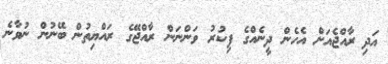
އަދި ރާއްޖެއަށް އެހެން ދީނެއްގެ ފިކުރު ވަންނަން ރާއްޖޭގެ ރައްޔިތުން ބޭނުން ނުވާނެ